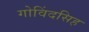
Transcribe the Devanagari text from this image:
गोविंदसिह